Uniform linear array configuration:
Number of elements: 8
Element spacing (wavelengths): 0.75
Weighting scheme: hamming
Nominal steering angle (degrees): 0
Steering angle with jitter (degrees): -0.4778
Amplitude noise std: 0.05
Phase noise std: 0.05

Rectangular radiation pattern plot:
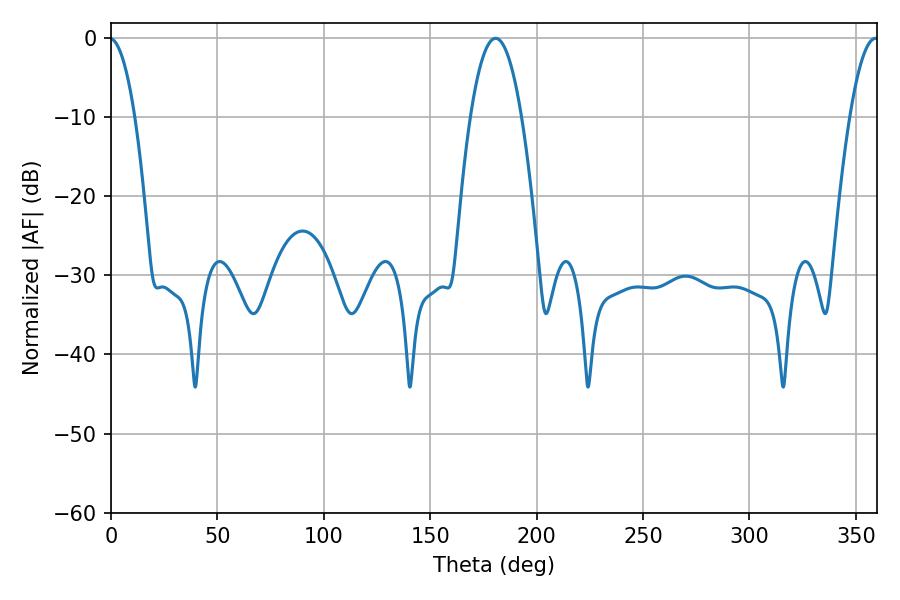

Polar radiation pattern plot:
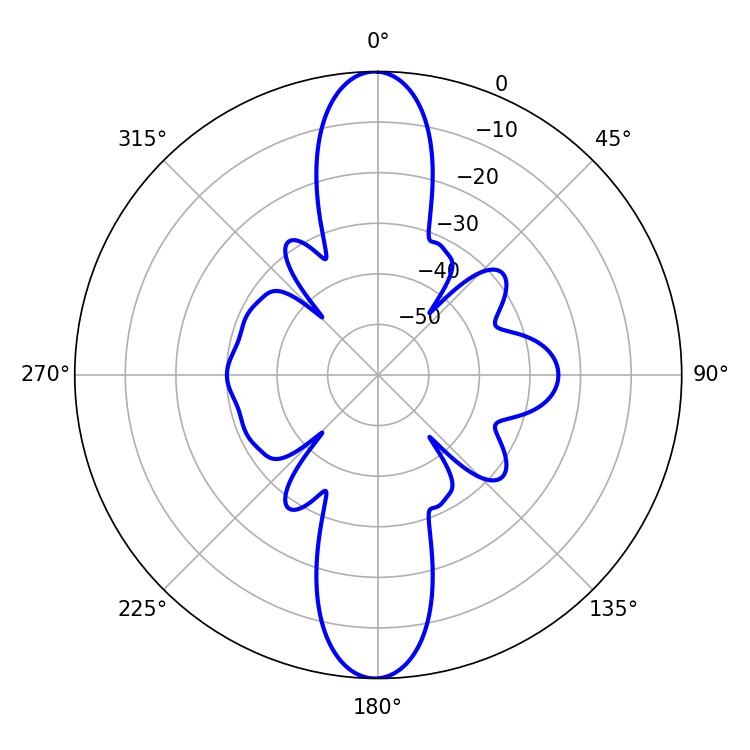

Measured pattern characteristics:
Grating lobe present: TRUE
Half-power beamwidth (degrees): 13.32
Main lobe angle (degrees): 180.72